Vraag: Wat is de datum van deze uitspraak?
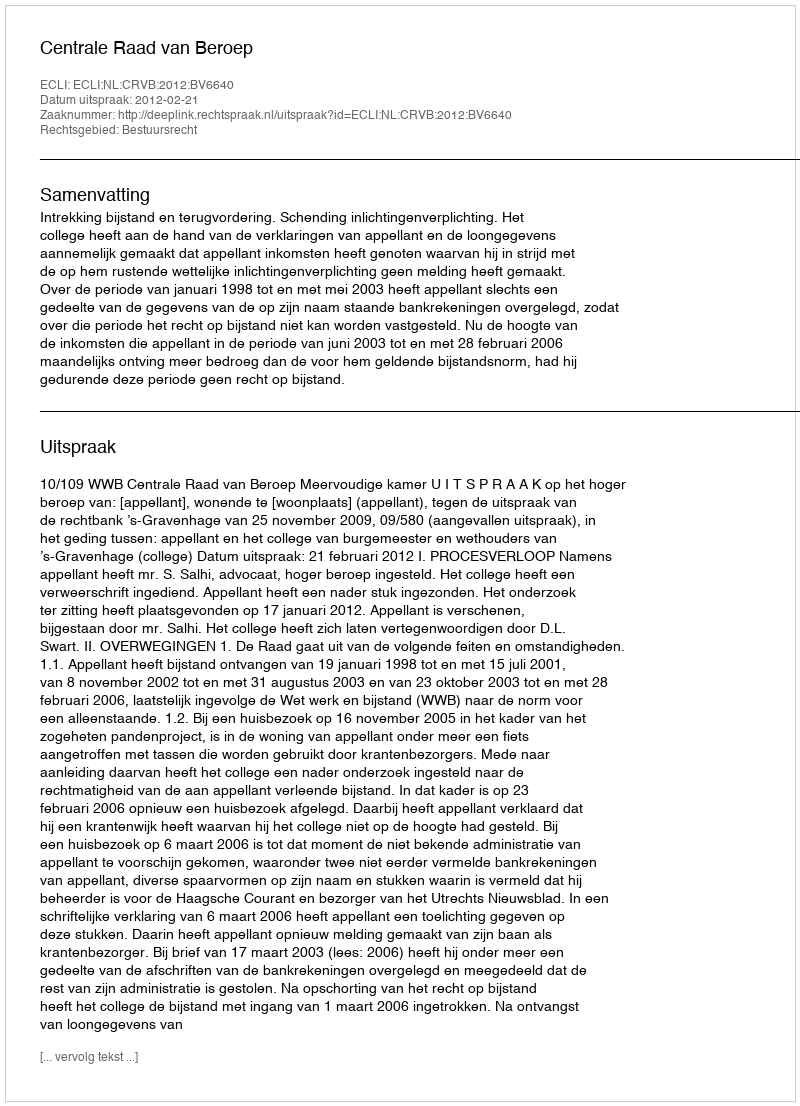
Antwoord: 2012-02-21